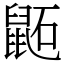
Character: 鼫